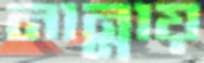
নান্নায়